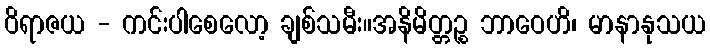
ဝိရာဇယ - ကင်းပါစေလော့ ချစ်သမီး။အနိမိတ္တဉ္စ ဘာဝေဟိ၊ မာနာနုသယ